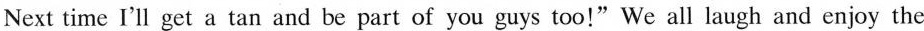
Next time I'll get a tan and be part of you guys too!"We all laugh and enjoy the